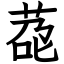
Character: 莻